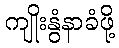
ကျိုးနွံနာခံဖို့